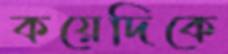
কয়েদিকে